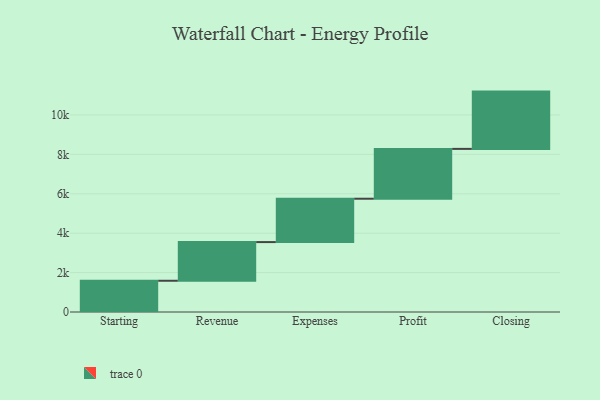
{"axis": {"x": "Step", "y": "Value"}, "legend": [""], "data": [{"x": "Starting", "y": 1586.0, "type": ""}, {"x": "Revenue", "y": 1962.0, "type": ""}, {"x": "Expenses", "y": 2201.0, "type": ""}, {"x": "Profit", "y": 2529.0, "type": ""}, {"x": "Closing", "y": 2907.0, "type": ""}]}